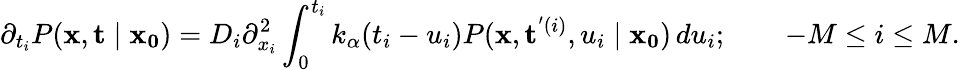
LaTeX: \partial_{t_{i}}P(\mathbf{x},\mathbf{t}\mid\mathbf{x_{0}})=D_{i}\partial_{x_{i}}^{2}\int_{0}^{t_{i}}k_{\alpha}(t_{i}-u_{i})P(\mathbf{x},\mathbf{t}^{'(i)},u_{i}\mid\mathbf{x_{0}})\, du_{i};\qquad-M\leq i\leq M.